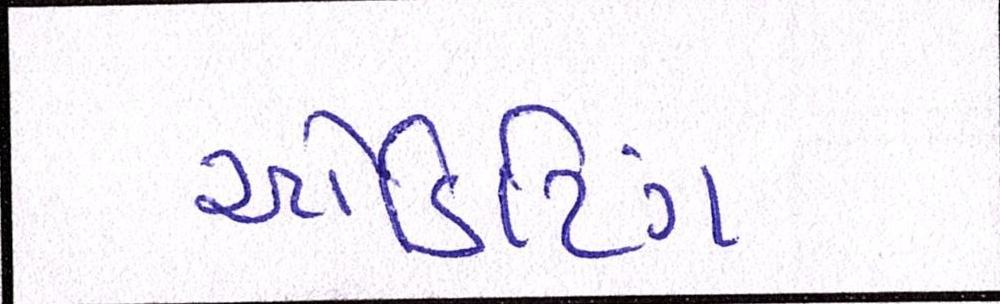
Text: ઓડિટિંગ